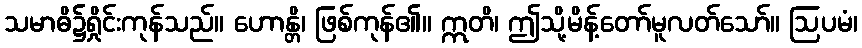
သမာဓိ၌ရှိုင်းကုန်သည်။ ဟောန္တိ၊ ဖြစ်ကုန်၏။ ဣတိ၊ ဤသို့မိန့်တော်မူလတ်သော်။ ဩပမံ၊